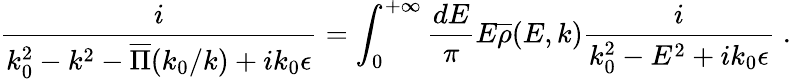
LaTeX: {\frac{i}{k_{0}^{2}-k^{2}-\overline{{{\Pi}}}(k_{0}/k)+ik_{0}\epsilon}}=\int_{0}^{+\infty}{\frac{dE}{\pi}}E\overline{{{\rho}}}(E,k){\frac{i}{k_{0}^{2}-E^{2}+ik_{0}\epsilon}}\; .